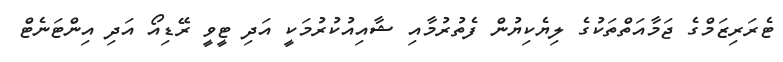
ޓެރަރިޒަމްގެ ޖަމާއަތްތަކުގެ ލިޔެކިޔުން ފެތުރުމާއި ޝާއިއުކުރުމަކީ އަދި ޓީވީ ރޭޑިއޯ އަދި އިންޓަނެޓް